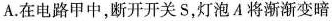
A.在电路甲中，断开开关S，灯泡A将渐渐变暗